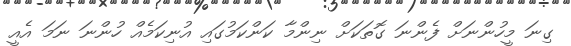
ގިނަ މީހުންނަށް ފެންނަ ގޮތަކަށް ނިންމާ ކަންކަމުގައި އުނިކަމެއް ހުންނަ ނަމަ އެއީ